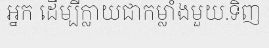
អ្នក ដើម្បីក្លាយជាកម្លាំងមួយ.ទិញ